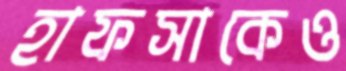
হাফসাকেও